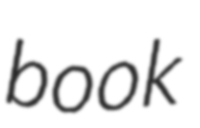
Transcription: book